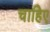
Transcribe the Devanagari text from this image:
चाहिेए